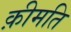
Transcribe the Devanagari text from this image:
क़ीमति